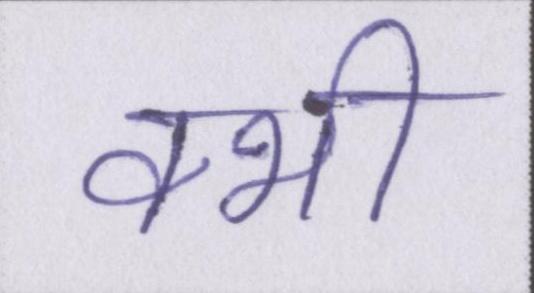
क्भी